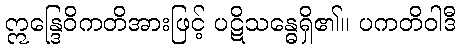
ဣန္ဒြေဝိကတိအားဖြင့် ပဋိသန္ဓေရှိ၏။ ပကတိဝါဒီ